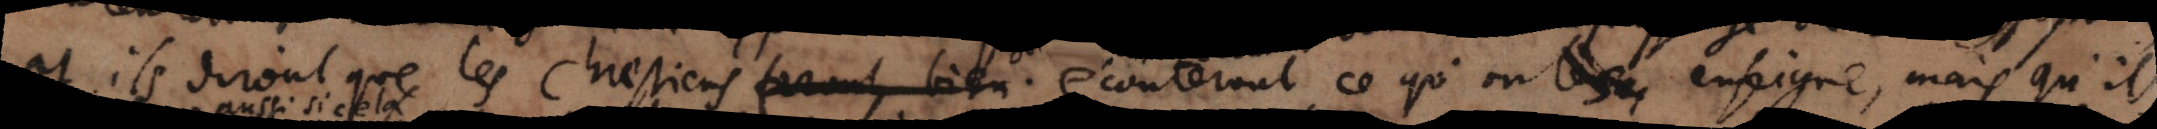
et ils diront que les Chrestiens prennent bien écouter mal ce qu’on enseigne, mais qu’ils